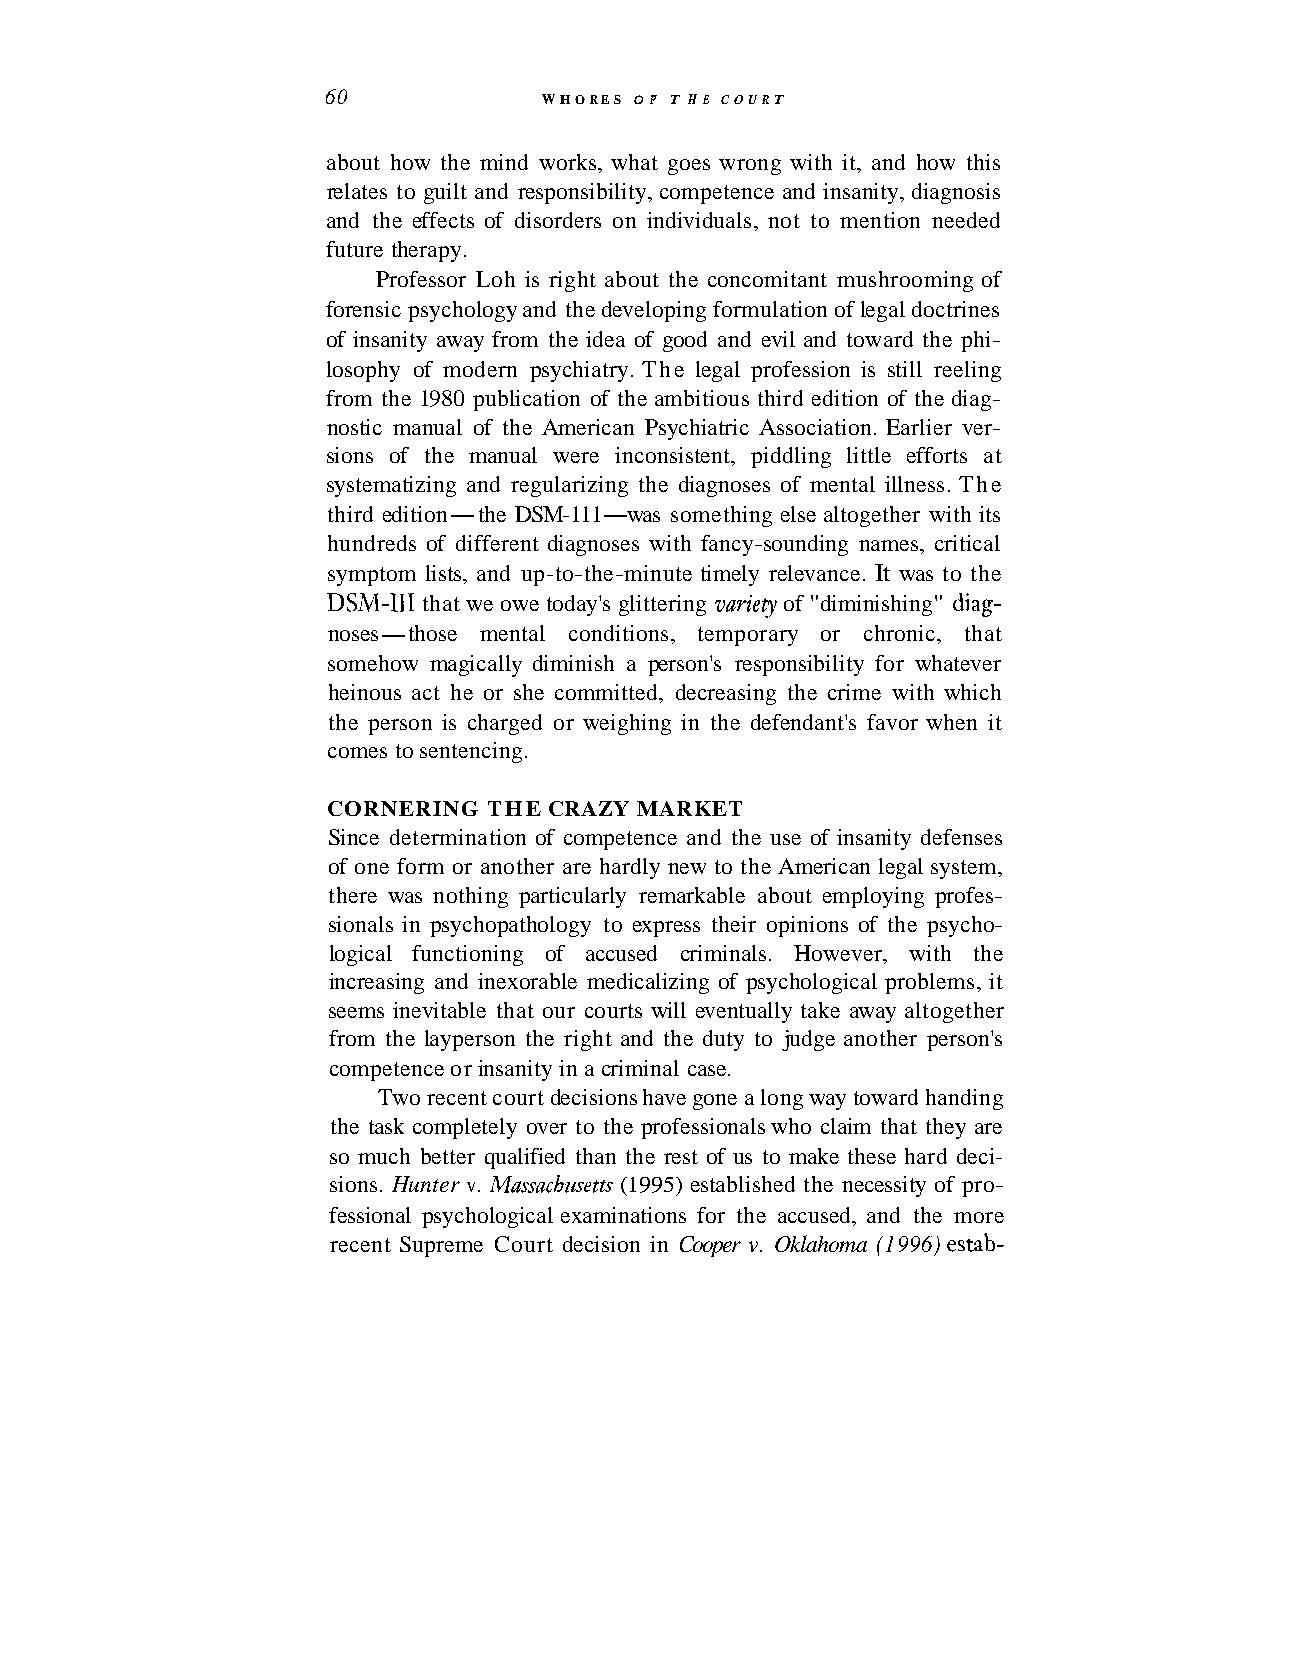
60            WHORES OF T H E COURT
 about how the mind works, what goes wrong with it, and how this
 relates to guilt and responsibility, competence and insanity, diagnosis
 and the effects of disorders on individuals, not to mention needed
 future therapy.
 Professor Loh is right about the concomitant mushrooming of
 forensic psychology and the developing formulation of legal doctrines
 of insanity away from the idea of good and evil and toward the phi-
 losophy of modern psychiatry. The legal profession is still reeling
 from the 1980 publication of the ambitious third edition of the diag-
 nostic manual of the American Psychiatric Association. Earlier ver-
 sions of the manual were inconsistent, piddling little efforts at
 systematizing and regularizing the diagnoses of mental illness. The
 third edition-the DSM-111-was something else altogether with its
 hundreds of different diagnoses with fancy-sounding names, critical
 symptom lists, and up-to-the-minute timely relevance. It was to the
 DSM-111 that we owe today's glittering varie~of "diminishing" diag-
 noses-those mental conditions, temporary or chronic, that
 somehow magically diminish a person's responsibility for whatever
 heinous act he or she committed, decreasing the crime with which
 the person is charged or weighing in the defendant's favor when it
 comes to sentencing.
 CORNERING THE CRAZY MARKET
 Since determination of competence and the use of insanity defenses
 of one form or another are hardly new to the American legal system,
 there was nothing particularly remarkable about employing profes-
 sionals in psychopathology to express their opinions of the psycho-
 logical functioning of accused criminals. However, with the
 increasing and inexorable medicalizing of psychological problems, it
 seems inevitable that our courts will eventually take away altogether
 from the layperson the right and the duty to judge another person's
 competence or insanity in a criminal case.
 Two recent court decisions have gone a long way toward handing
 the task completely over to the professionals who claim that they are
 so much better qualified than the rest of us to make these hard deci-
 sions. Hunter v. Massachztsetts (1995) established the necessity of pro-
 fessional psychological examinations for the accused, and the more
 recent Supreme Court decision in Cooper v. Oklahoma (1996) estab-